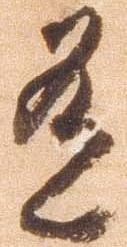
有